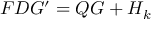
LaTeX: F D G ^ { \prime } = Q G + H _ { k }